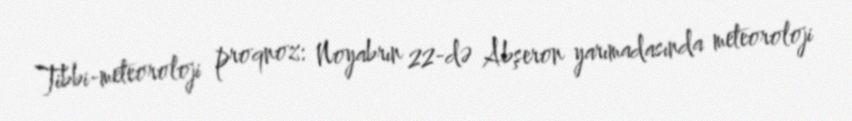
Tibbi-meteoroloji proqnoz: Noyabrın 22-də Abşeron yarımadasında meteoroloji